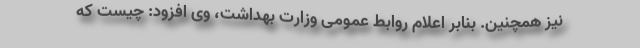
نیز همچنین. بنابر اعلام روابط عمومی وزارت بهداشت، وی افزود: چیست که